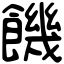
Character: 饑